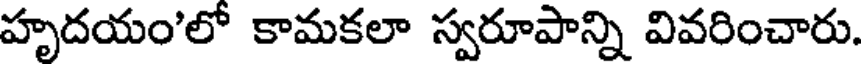
హృదయం'లో కామకలా స్వరూపాన్ని వివరించారు.